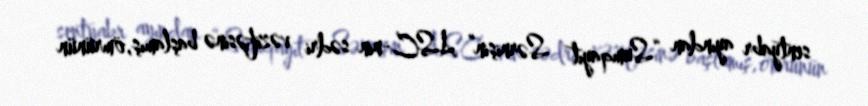
sentyabr ayından “Sumqayıt Sərnişin” ASC-nin sədri vəzifəsinə başlamış,ömrünün